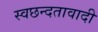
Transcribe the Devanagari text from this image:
स्वछन्दतावादी